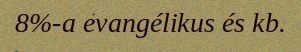
8%-a evangélikus és kb.